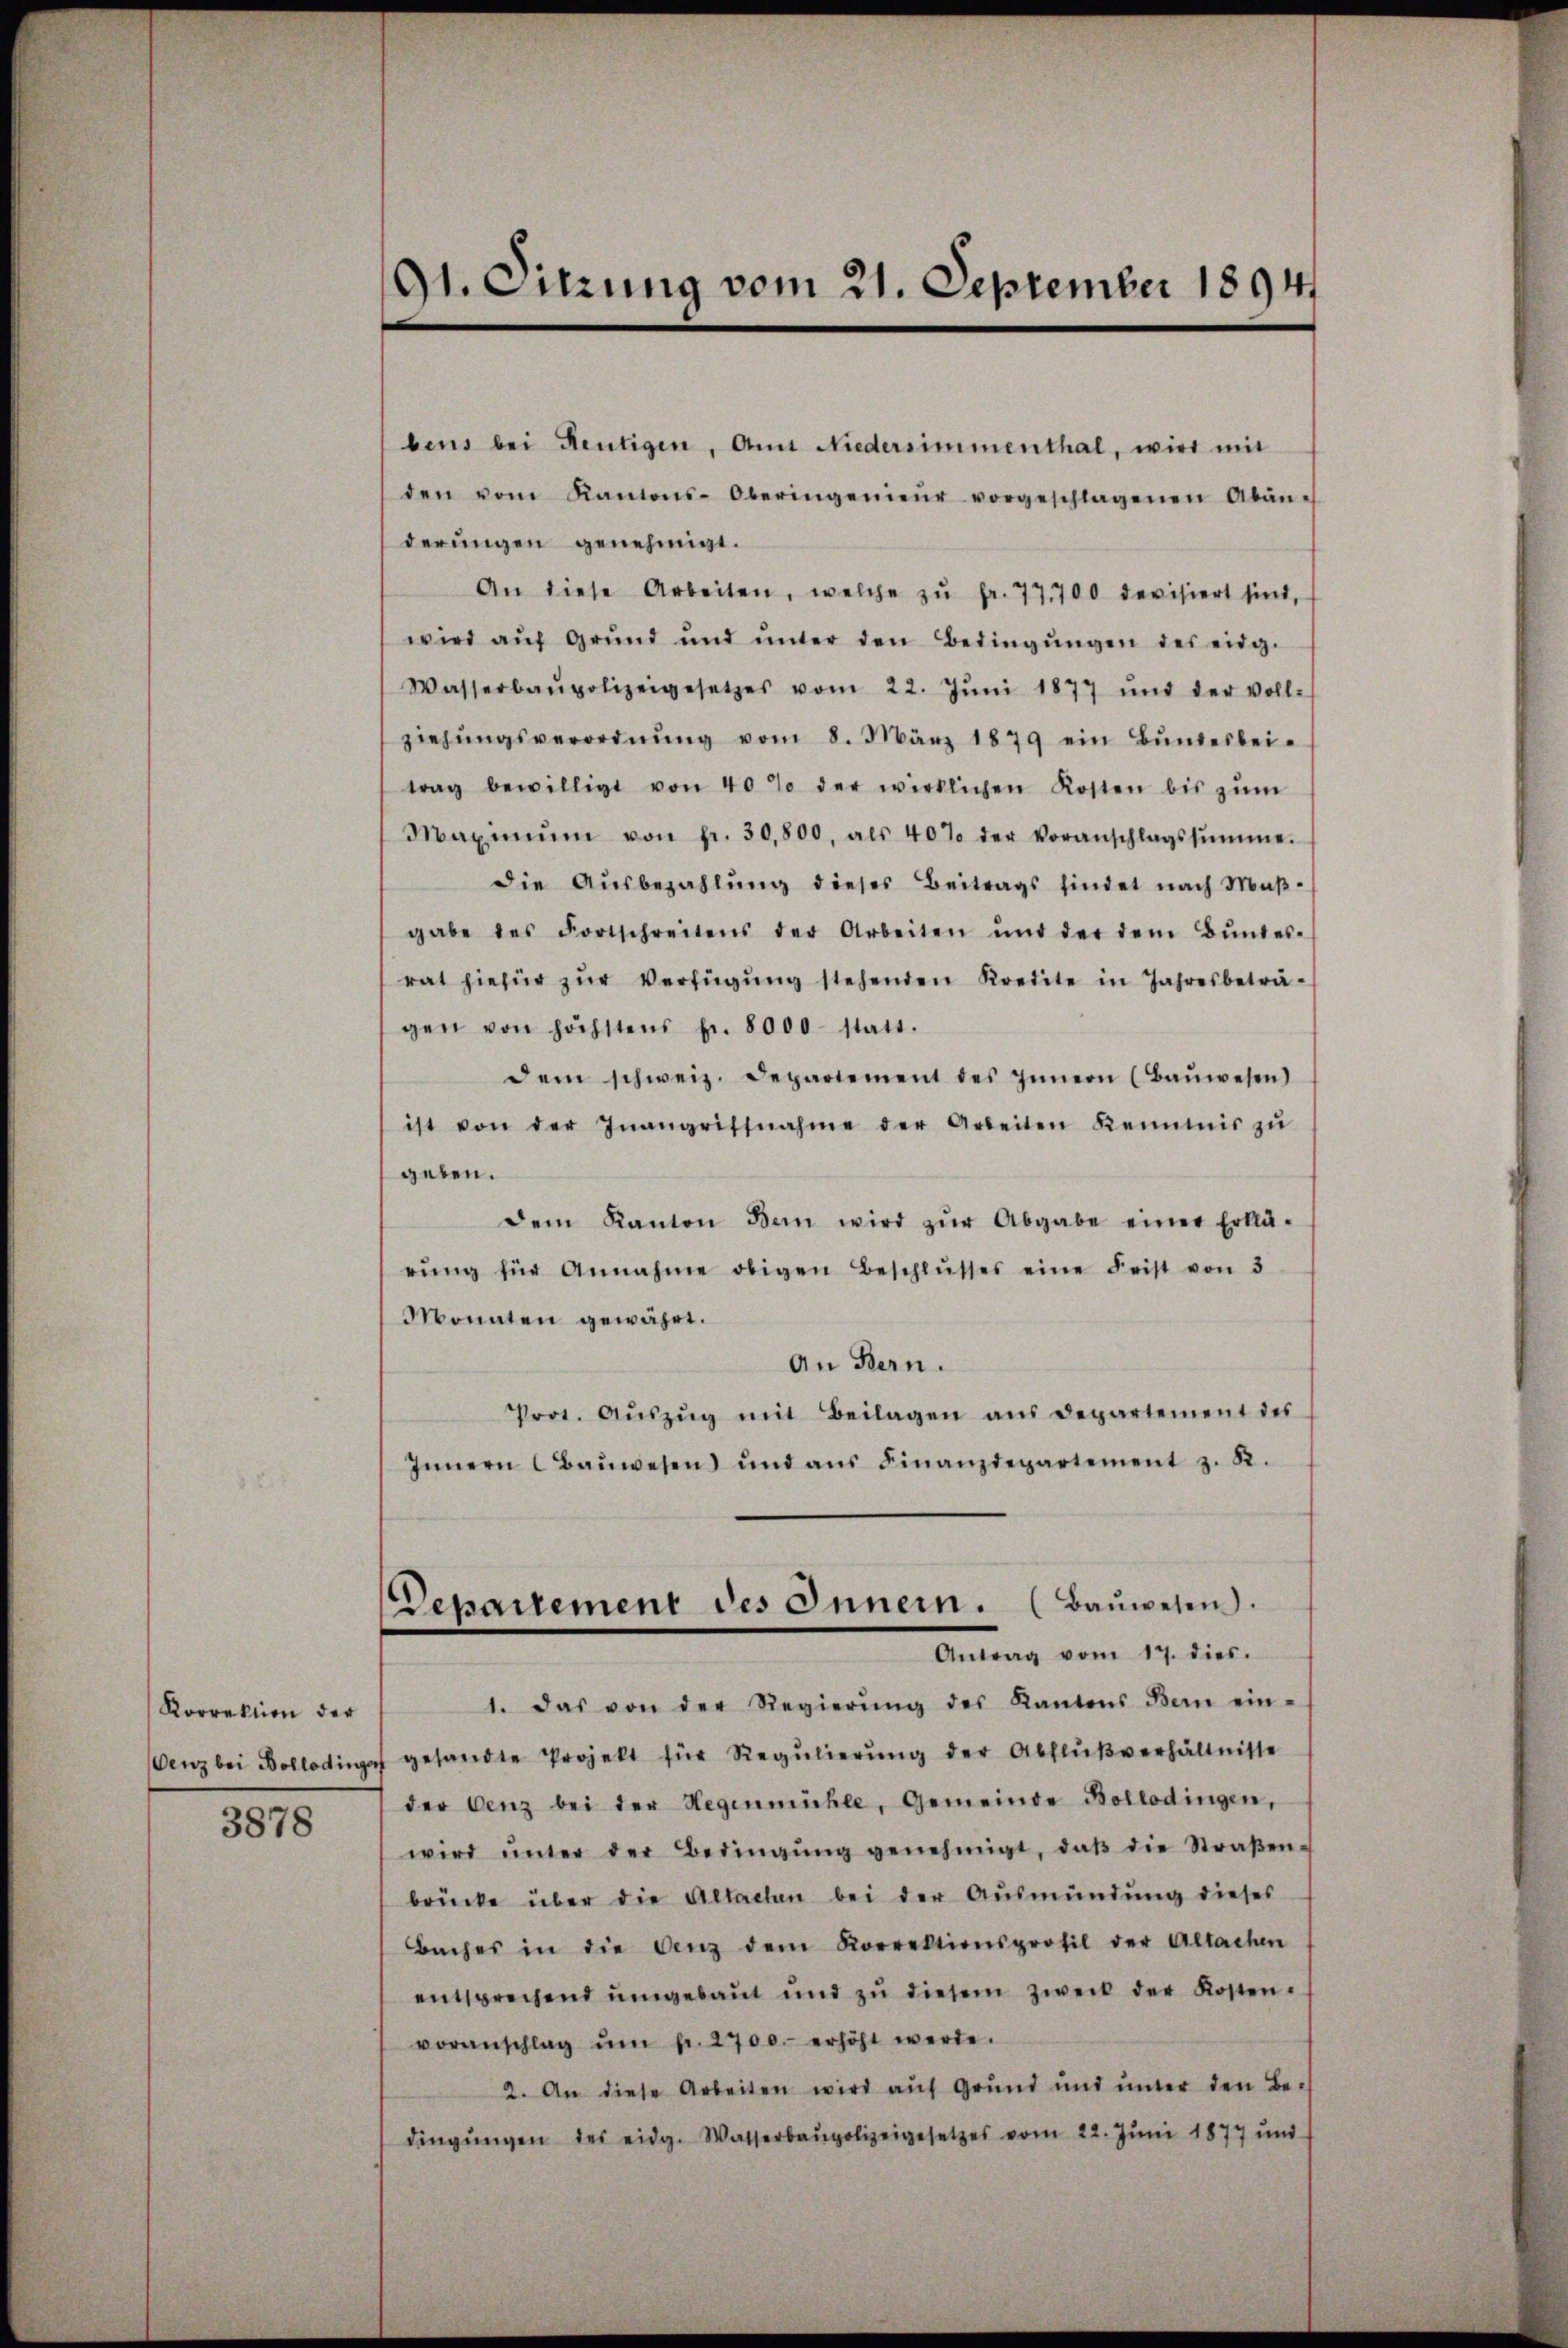
Korrektion der

3878

91. Sitzung vom 21. September 1894

bens bei Reutigen, Amt Niedersimmenthal, wird mit
den vom Kantons-Oberingenieŭr vorgeschlagenen Abän-
derungen genehmigt.
An diese Arbeiten, welche zŭ fr. 77, 700 devisiert sind,
wird aŭf Grŭnd ŭnd ŭnter den Bedingŭngen des eidg.
Wasserbaupolizeigesetzes vom 22. Jŭni 1877 und der voll-
ziehŭngsverordnŭng vom 8. März 1879 ein Bŭndesbei-
trag bewilligt von 40% der wirklichen Kosten bis zŭm
Maximŭm von fr. 30,800, als 40% der Voranschlagssumme.
die Aŭsbezahlŭng dieses Beitrags findet nach Maβ-
gabe des Fortschreitens der Arbeiten und der dem Bŭndes-
rat hiefür zŭr Verfügŭng stehenden Kredite in Jahresbeträ-
gen von höchstens pr. 8000 statt.
dem schweiz. Departement des Innern (Baŭwesen)
ist von der Inangriffnahme der Arbeiten Kenntnis zŭ
geben.
dem Kanton Bern wird zŭr Abgabe einer Erklä-
rŭng für Annahme obigen Beschlŭsses eine Frist von 3
Monaten gewährt.
An Bern.
Prot. Aŭszŭg mit Beilagen aus Departement des
Innern Baŭwesen und aŭs Finanzdepartement z. R.
Departement des Innern. (Baŭwesen.
Antrag vom 17. dies.
1. Das von der Regierŭng des Kantons Bern ein-
enz bei Bollodinge gesandte Projekt für Regŭlierŭng der Abflŭβverhältnisse
der Benz bei der Hegenmühle, Gemeinde Bollodingen,
wird ŭnter der Bedingŭng genehmigt, daβ die Straβen-
brücke über die Altachen bei der Ausmündŭng dieses
Baches in die Aenz dem Korrektionsprofil der Altachen
entsprechend umgebaut und zu diesem Zweck der Kostenvoranschlag ŭm fr. 2700.- erhöht werde.
2. An diese Arbeiten wird auf Grund und ŭnter den Be-
dingŭngen des eidg. Wasserbaupolizeigesetzes vom 22. Juni 1877 und